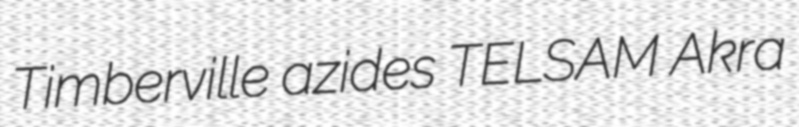
Timberville azides TELSAM Akra